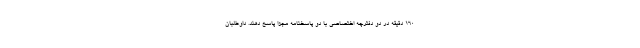
۱۶۰ دقیقه در دو دفترچه اختصاصی با دو پاسخنامه مجزا پاسخ دهند. داوطلبان